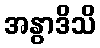
အနွာဒိသိ